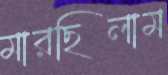
মারছিলাম